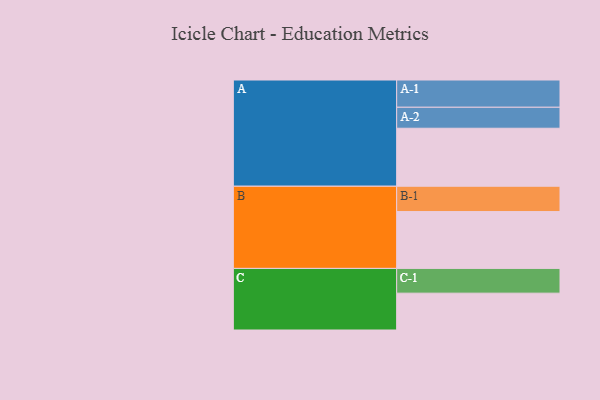
{"axis": {"x": "Segment", "y": "Value"}, "legend": ["", "A", "B", "C"], "data": [{"x": "A", "y": 600, "type": ""}, {"x": "B", "y": 588, "type": ""}, {"x": "C", "y": 381, "type": ""}, {"x": "A-1", "y": 282, "type": "A"}, {"x": "A-2", "y": 217, "type": "A"}, {"x": "B-1", "y": 262, "type": "B"}, {"x": "C-1", "y": 256, "type": "C"}]}